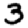
Digit: 3